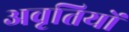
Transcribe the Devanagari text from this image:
अवृतियों